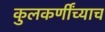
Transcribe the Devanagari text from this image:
कुलकर्णींच्याच